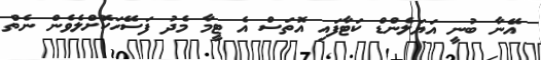
އޭނާ ބުނީ އަޔަލެންޑް ކަޓާފައި އޮތަސް އެ ޓީމާ މެދު ފަސޭހަކޮށްލެވެން ނެތް